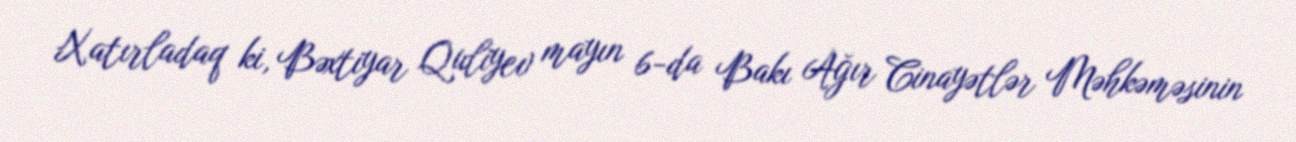
Xatırladaq ki, Bəxtiyar Quliyev mayın 6-da Bakı Ağır Cinayətlər Məhkəməsinin